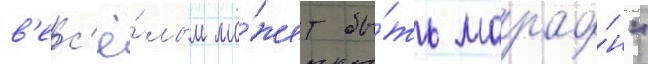
в'ес'ё́лым мо́жет бы́ть марафо́н"